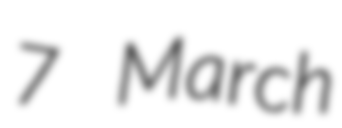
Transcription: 7 March